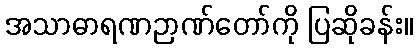
အသာဓာရဏဉာဏ်တော်ကို ပြဆိုခန်း။